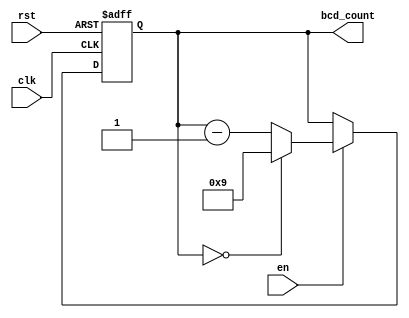
module BCD_Down_Counter_with_Enable (
  input clk,
  input rst,
  input en,
  output reg [3:0] bcd_count
);

reg [3:0] bcd_count_next;

always @(posedge clk or posedge rst) begin
  if (rst) begin
    bcd_count <= 4'b0000;
  end else if (en) begin
    bcd_count <= bcd_count_next;
  end
end

always @* begin
  if (en) begin
    if (bcd_count == 4'b0000) begin
      bcd_count_next <= 4'b1001;
    end else begin
      bcd_count_next <= bcd_count - 1;
    end
  end else begin
    bcd_count_next <= bcd_count;
  end
end

endmodule